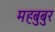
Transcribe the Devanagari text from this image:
महबुबुर